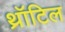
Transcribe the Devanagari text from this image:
थ्रॉटिल